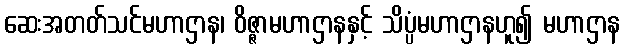
ဆေးအတတ်သင်မဟာဌာန၊ ဝိဇ္ဇာမဟာဌာနနှင့် သိပ္ပံမဟာဌာနဟူ၍ မဟာဌာန